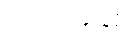
၁၉၉၈ခုနှစ်